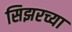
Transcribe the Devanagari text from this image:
सिझरच्या